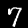
Digit: 7